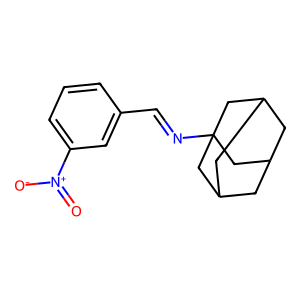
SMILES: O=[N+]([O-])c1cccc(C=NC23CC4CC(CC(C4)C2)C3)c1
Inhibits HIV replication: No